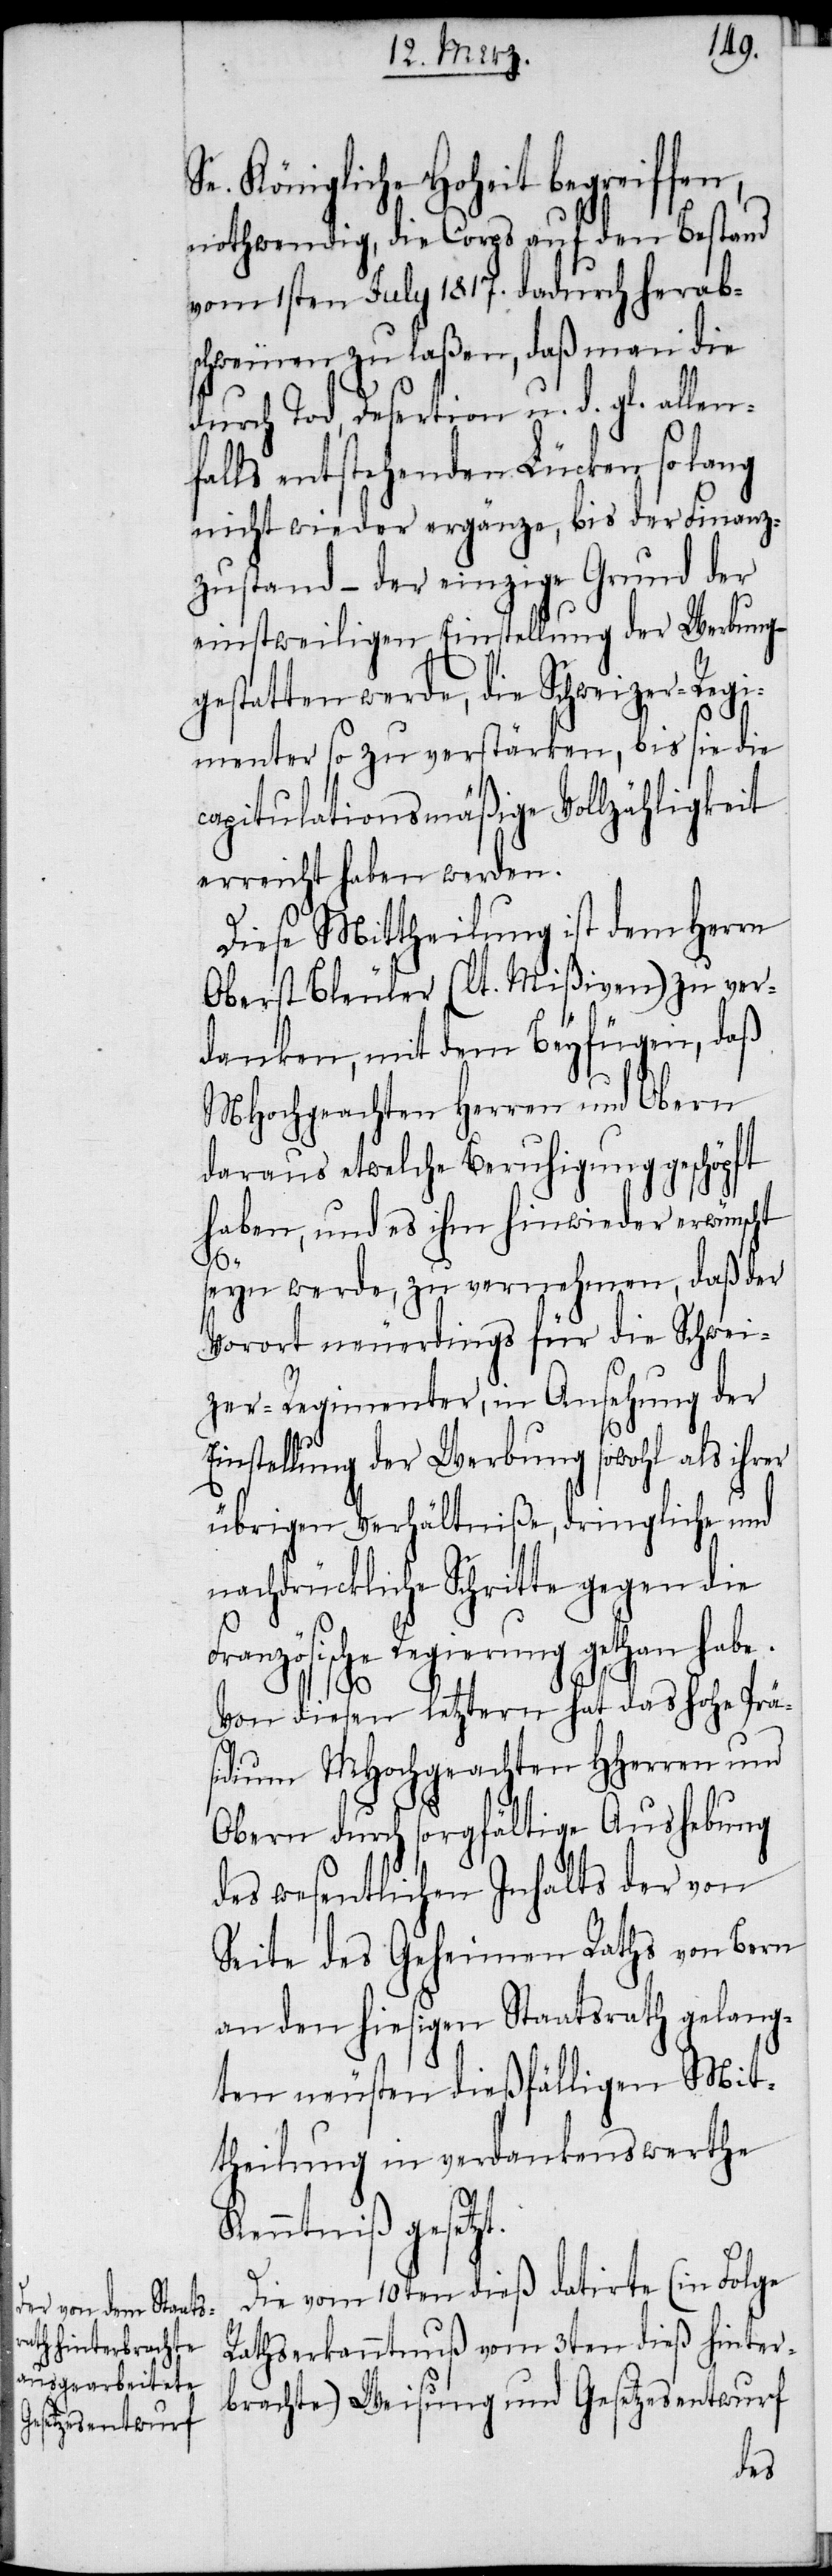
Se. Königliche Hoheit begreiffen,
nothwendig, die Corps auf den Bestand
vom 1sten July 1817. dadurch herabs¬
chweinen zu laßen, daß man die
durch Tod, Desertion u. d. gl. allen¬
falls entstehenden Lücken so lang
nicht wieder ergänze, bis der Finanz¬
zustand – der einzige Grund der
einstweiligen Einstellung der Werbung –
gestatten werde, die Schweizer-Regi¬
menter so zu verstärken, bis sie die
capitulationsmäßige Vollzähligkeit
erreicht haben werden.
Diese Mittheilung ist dem Herrn
Oberst Bleuler (lt. Mißiven) zu ver¬
danken, mit dem Beyfügen, daß
MHochgeachten Herren und Obern
daraus etwelche Beruhigung geschöpft
haben, und es ihm hinwieder erwünscht
seyn werde, zu vernehmen, daß der
Vorort neuerdings für die Schwei¬
zer-Regimenter, in Ansehung der
Einstellung der Werbung sowohl als ihrer
übrigen Verhältniße, dringliche und
nachdrückliche Schritte gegen die
Französische Regierung gethan habe.
Von diesen letztern hat das hohe Prä¬
sidium MHochgeachten HHerren und
Obern durch sorgfältige Aushebung
des wesentlichen Inhalts der von
Seite des Geheimen Raths von Bern
an den hiesigen Staatsrath gelang¬
ten neusten dießfälligen Mit¬
theilung in verdankenswerthe
Kenntniß gesetzt.
Die vom 10ten dieß datirte (in Folge
Rathserkanntnuß vom 3ten dieß hinter¬
brachte) Weisung und Gesetzesentwurf